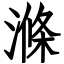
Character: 滌